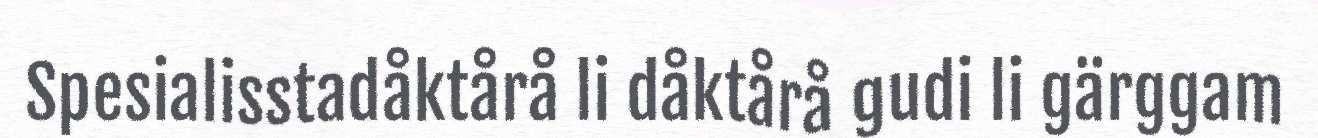
Spesialisstadåktårå li dåktårå gudi li gärggam